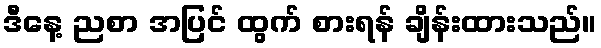
ဒီနေ့ ညစာ အပြင် ထွက် စားရန် ချိန်းထားသည်။